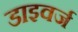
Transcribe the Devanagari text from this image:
डाइवर्ज